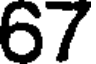
67